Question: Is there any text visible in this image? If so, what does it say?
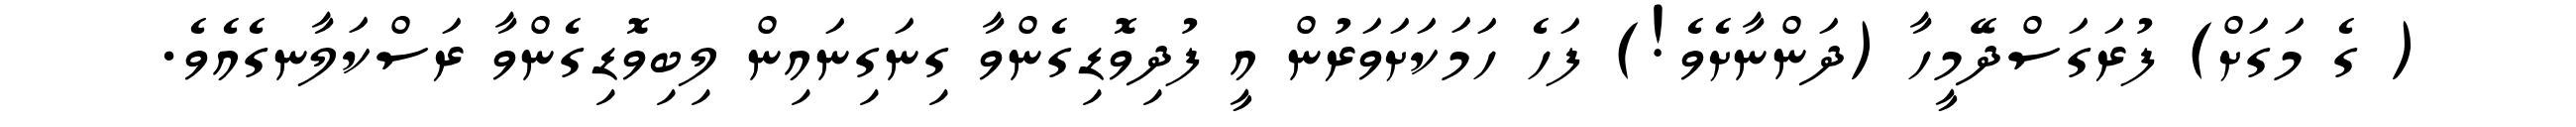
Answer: ( ގެ މަގަށް) ފުރަގަސްދޭމީހާ (ދަންނާށެވެ!) ފަހެ ހަމަކަށަވަރުން އީ ފުދިވޮޑިގެންވާ ގިނަގިނައިން ލިބިވޮޑިގެންވާ ރަސްކަލާނގެއެވެ.